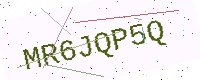
Text: MR6JQP5Q